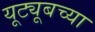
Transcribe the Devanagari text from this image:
यूट्यूबच्या